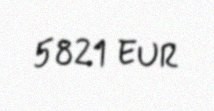
5821 EUR